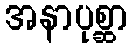
အနာပုစ္ဆာ